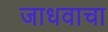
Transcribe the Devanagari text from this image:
जाधवाचा